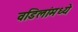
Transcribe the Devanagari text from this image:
वडिलांमध्ये